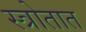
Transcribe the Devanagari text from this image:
स्त्रोतात